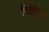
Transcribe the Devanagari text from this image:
निडेरिया